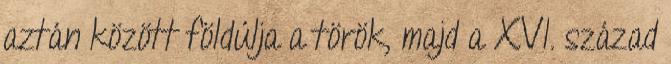
aztán között földúlja a török, majd a XVI. század